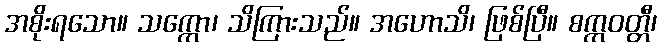
အစိုးရသော။ သက္ကော၊ သိကြားသည်။ အဟောသိ၊ ဖြစ်ပြီ။ စက္ကဝတ္တီ၊